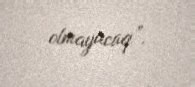
olmayacaq”.